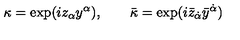
\kappa = \exp ( i z _ { \alpha } y ^ { \alpha } ) , \qquad \bar { \kappa } = \exp ( i \bar { z } _ { \dot { \alpha } } \bar { y } ^ { \dot { \alpha } } )